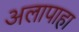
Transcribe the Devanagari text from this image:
अलापाहा